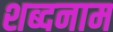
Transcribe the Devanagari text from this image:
शब्दनाम